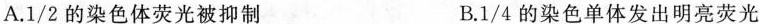
A. \frac{ 1 } { 2 }的染色体荧光被抑制 B. \frac{ 1 } { 4} 的染色单体发出明亮荧光